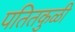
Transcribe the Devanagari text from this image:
पतितकुळी